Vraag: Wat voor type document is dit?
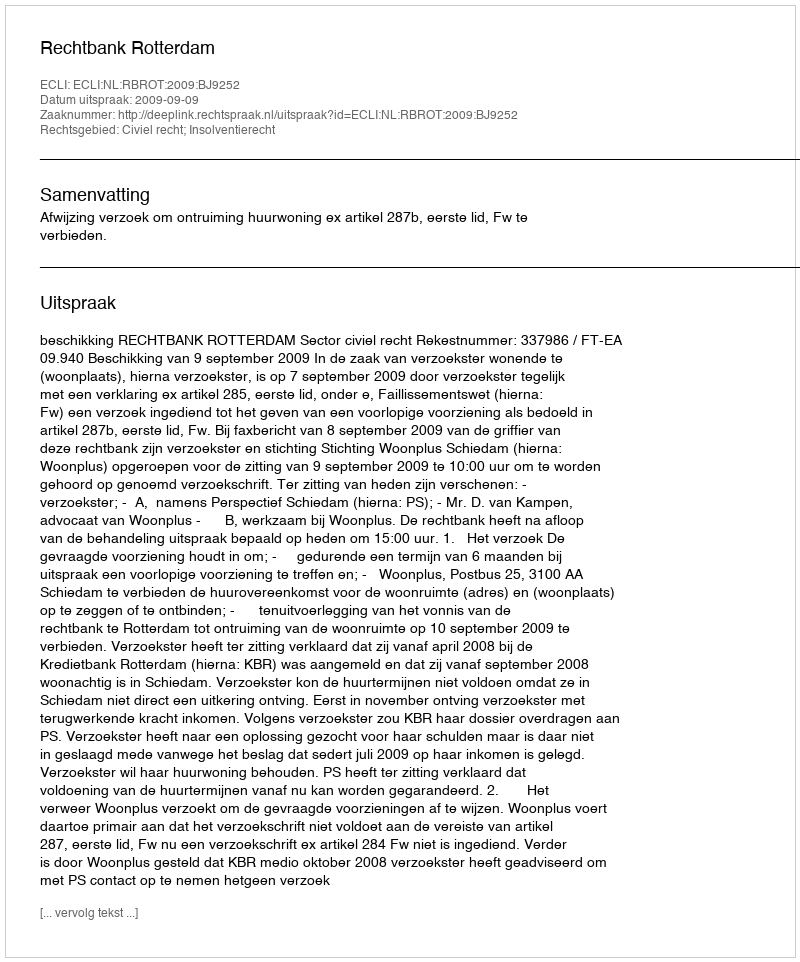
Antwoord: Uitspraak